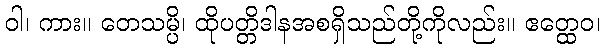
ဝါ၊ ကား။ တေသမ္ပိ၊ ထိုပတ္တိဒါနအစရှိသည်တို့ကိုလည်း။ ဧတ္ထေဝ၊